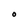
Character: O